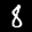
Label: 8